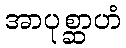
အာပုစ္ဆာဟံ